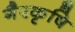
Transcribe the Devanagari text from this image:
गैरकृषि